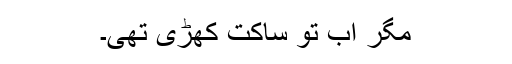
مگر اب تو ساکت کھڑی تھی۔